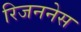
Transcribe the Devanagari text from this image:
रिजननेस